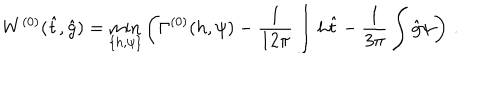
LaTeX: W ^ { ( 0 ) } ( \hat { t } , \hat { g } ) = \min _ { \{ h , \psi \} } \left( \Gamma ^ { ( 0 ) } ( h , \psi ) - \frac { 1 } { 1 2 \pi } \int h \hat { t } - \frac { 1 } { 3 \pi } \int \hat { g } \psi \right) \, .